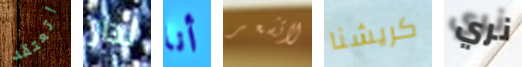
اتعتقد لدار أنا لاتشعر كريشنا نري